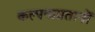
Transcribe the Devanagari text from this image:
कल्पनाप्रतानों